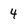
Character: 4